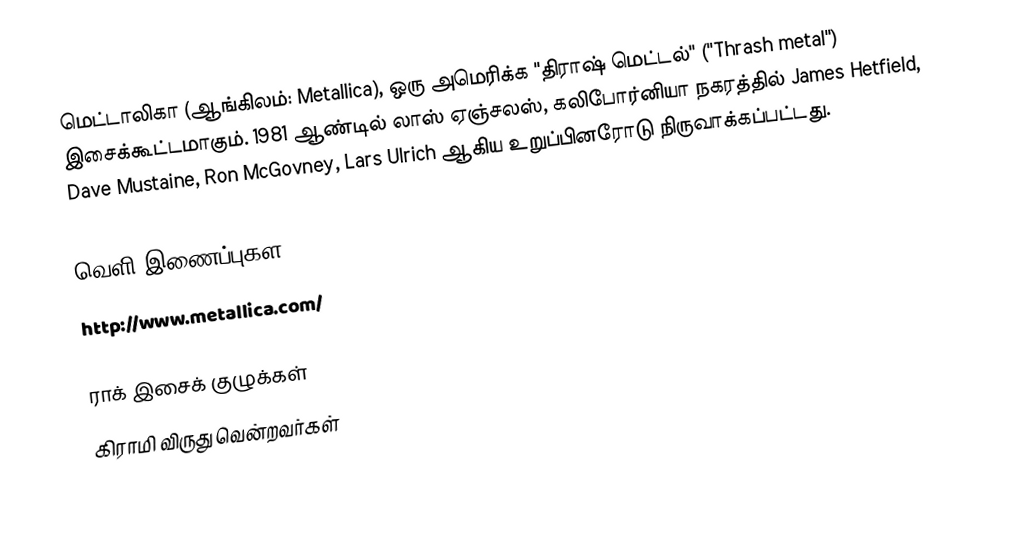
மெட்டாலிகா (ஆங்கிலம்: Metallica), ஒரு அமெரிக்க "திராஷ் மெட்டல்" ("Thrash metal") இசைக்கூட்டமாகும். 1981 ஆண்டில் லாஸ் ஏஞ்சலஸ், கலிபோர்னியா நகரத்தில் James Hetfield, Dave Mustaine, Ron McGovney, Lars Ulrich ஆகிய உறுப்பினரோடு நிருவாக்கப்பட்டது.

வெளி இணைப்புகள
 http://www.metallica.com/

ராக் இசைக் குழுக்கள்
கிராமி விருது வென்றவர்கள்